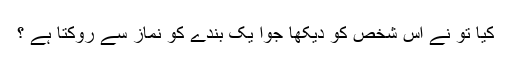
کیا تو نے اس شخص کو دیکھا جوا یک بندے کو نماز سے روکتا ہے ؟